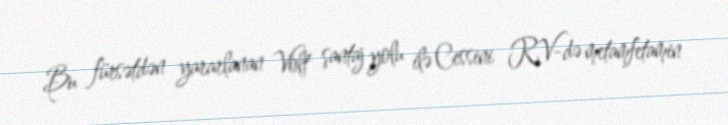
Bu fürsətdən yararlanan Volt şantaj yolu ilə Cessini RV-də metamfetamin